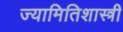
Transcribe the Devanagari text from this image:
ज्यामितिशास्त्री